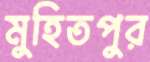
মুহিতপুর